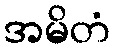
အမိတံ